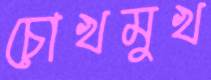
চোখমুখ